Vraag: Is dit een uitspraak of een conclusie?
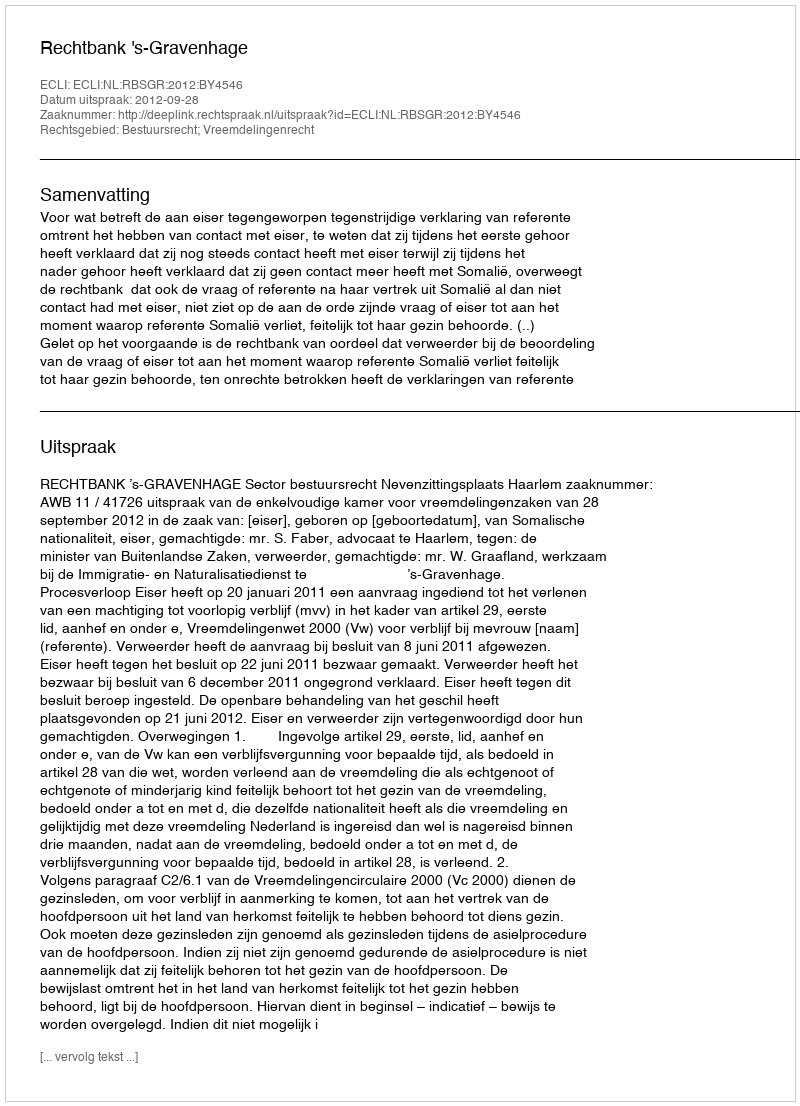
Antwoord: Uitspraak